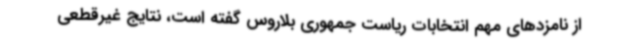
از نامزدهای مهم انتخابات ریاست جمهوری بلاروس گفته است، نتایج غیرقطعی